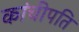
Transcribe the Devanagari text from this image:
कांचीपति